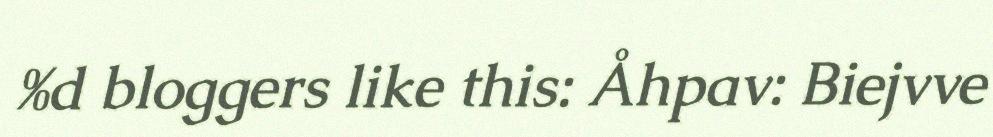
%d bloggers like this: Åhpav: Biejvve